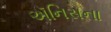
ઍનિસના